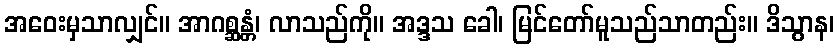
အဝေးမှသာလျှင်။ အာဂစ္ဆန္တံ၊ လာသည်ကို။ အဒ္ဒသ ခေါ၊ မြင်တော်မူသည်သာတည်း။ ဒိသွာန၊